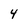
Character: 4